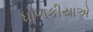
ધોળકીયાએ